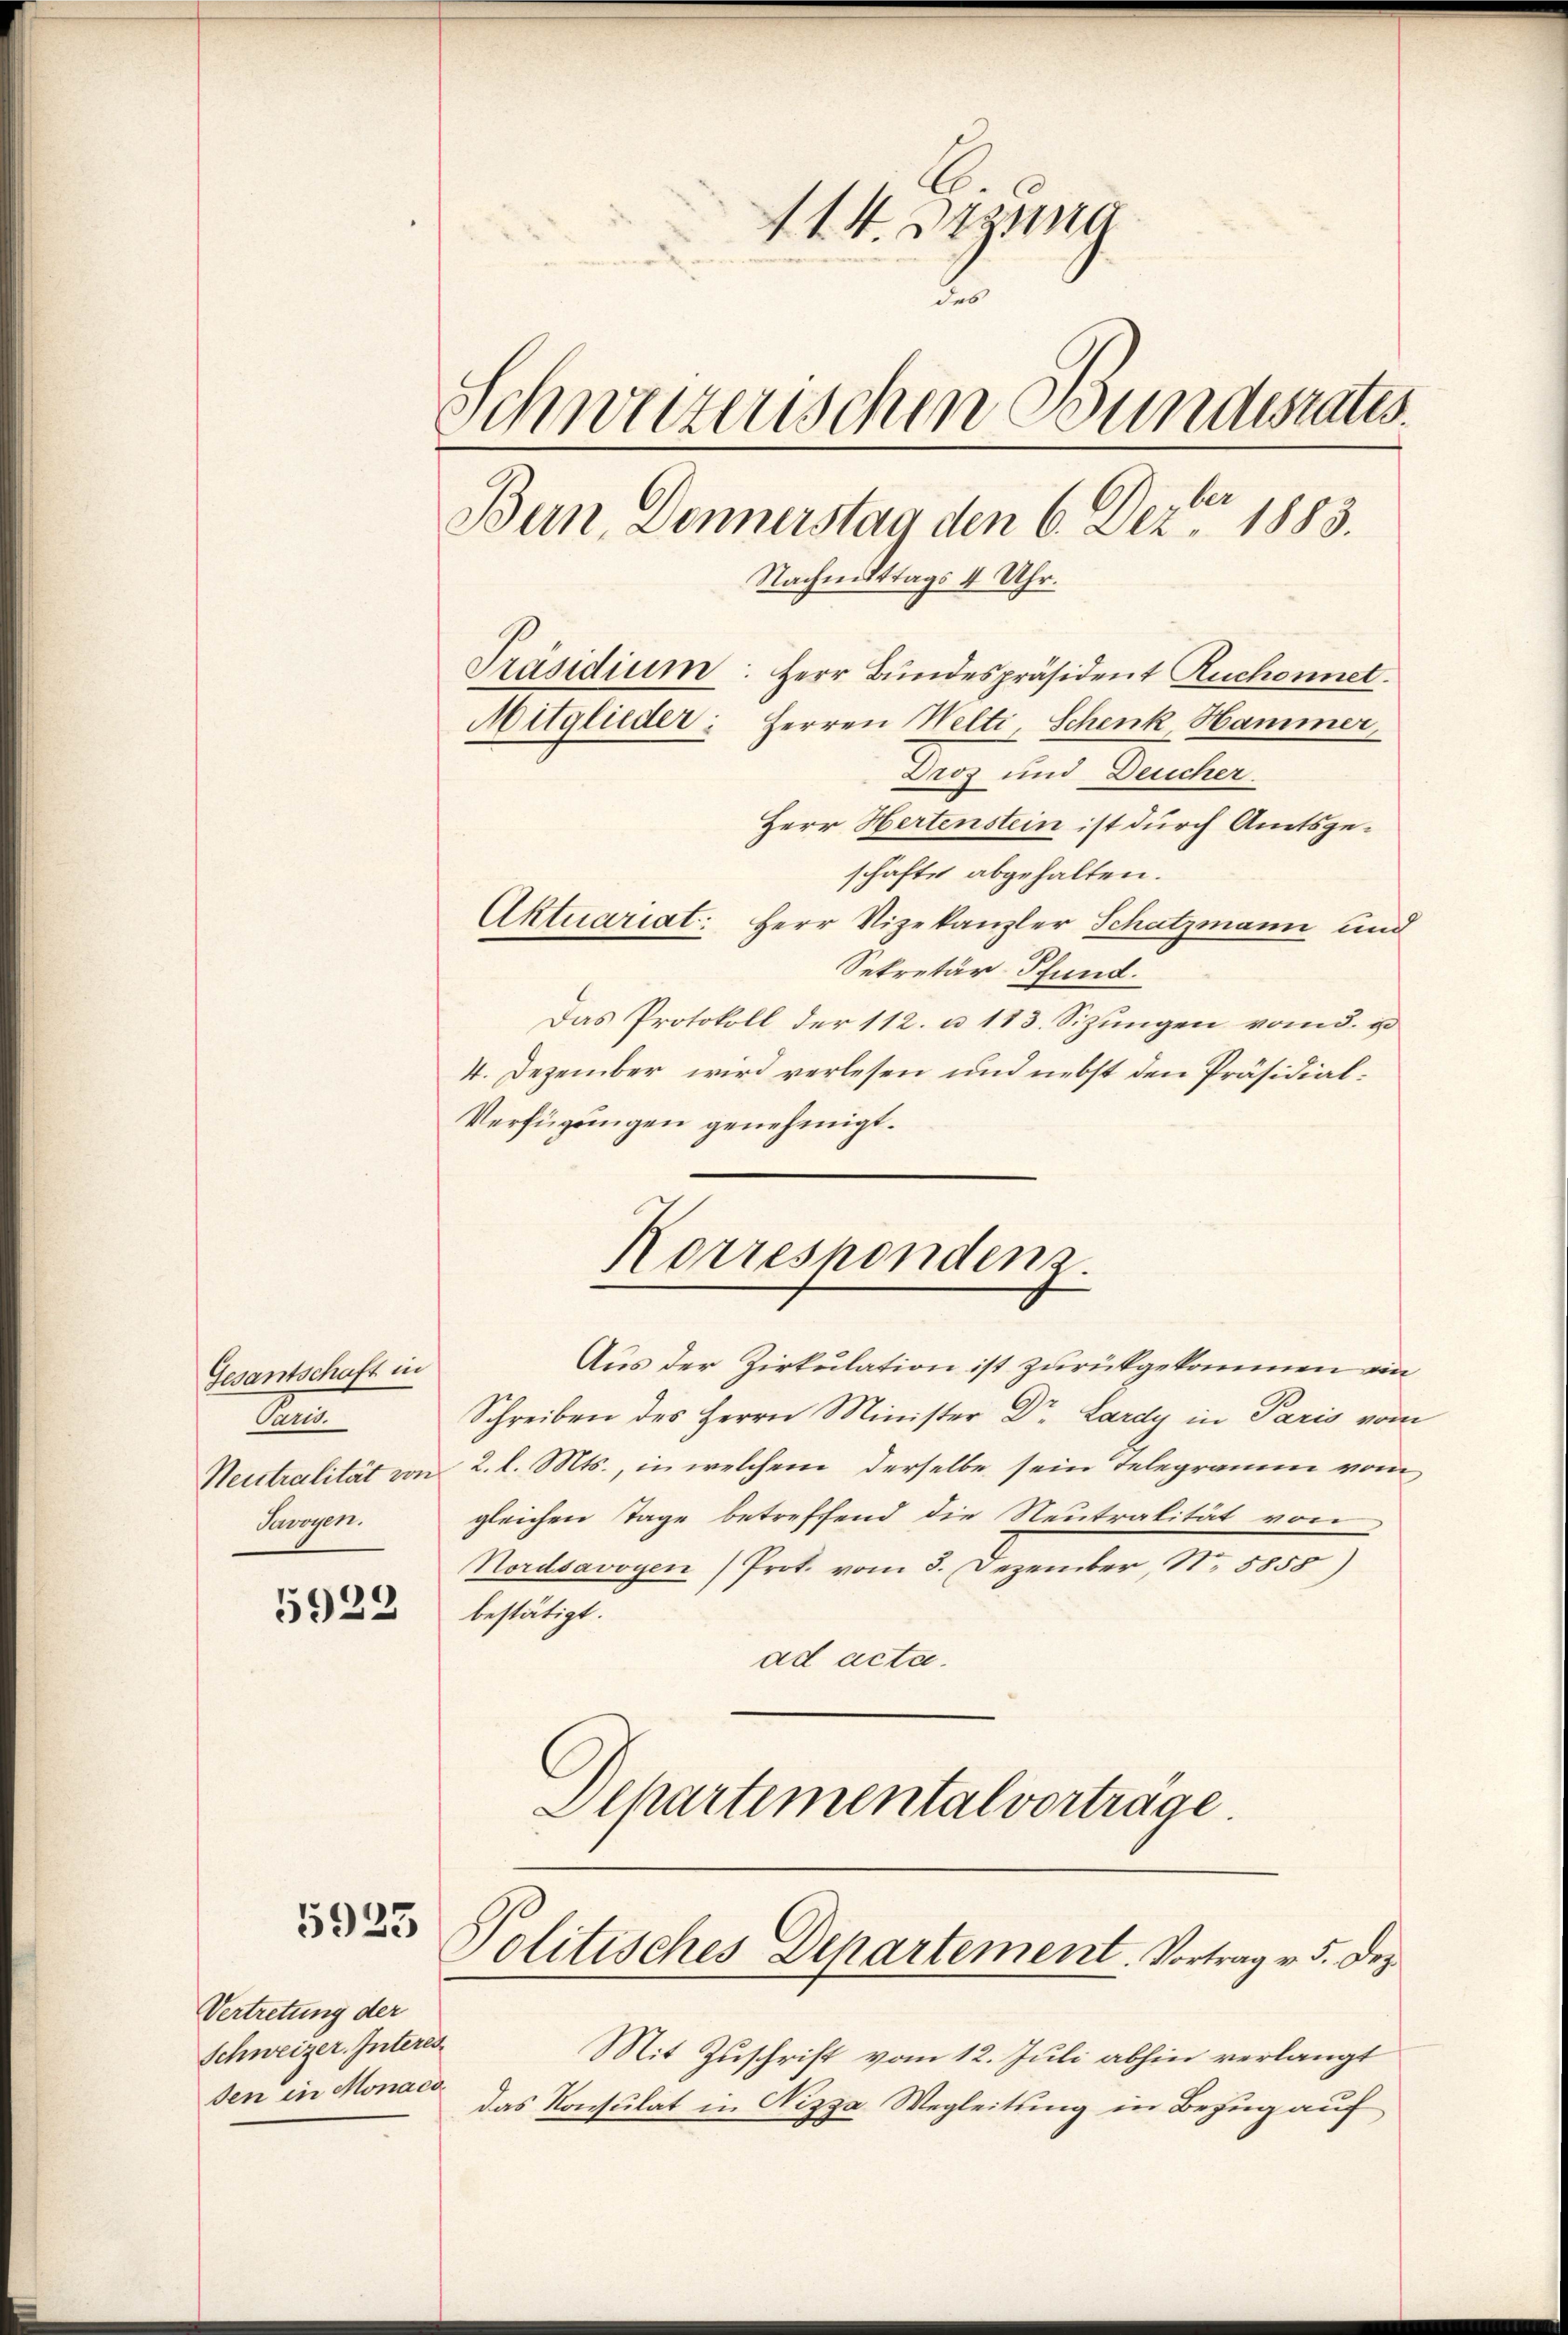
Gesantschaft in
Ren
Savoyen.

5923

5923

114. Signa
.
Schweizerischen Bundesrates.
ber
Bern Donnerstag den 6. Dez. 1883.
Nachmittags 4 Uhr.
Präsidium: Herr Bundespräsident Ruchonnet.
Mitglieder: Herren Welti, Schenk Hammer,
Droz und Deucher

Herr Hertenstein ist durch Amtsgeschäfte abgehalten.
Aktuariat: Herr Vizekanzler Schatzmann und
Sekretär-Pfund.
Das Protokoll der 112. u. 113. Sizungen vom 3. u
4. Dezember wird verlesen und nebst den Präsidial¬
Verfügungen genehmigt.
Korrespondenz.
Aus der Zirkulation ist zurückgekommen ein
Schreiben des Herrn Minister Dr. Lardy in Paris vom
Neutralität von 2. l. Mts., in welchem derselbe sein Telegramm vom
gleichen Tage betreffend die Neutralität von
Nordsavoyen (Prot. vom 3. Dezember, N. 5855)
bestätigt.
ad acta.
Departemental vortrage.

Vertretung der
Schweizer. Interes
sen in Monaco

Politisches Departement. Vortrag v. 5. Dez.

Mit Zuschrift vom 12. Juli abhin verlangt
das Konsulat in Nizza Wegleitung in Bezug auf